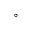
^ { \circ }